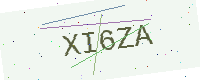
Text: XI6ZA